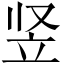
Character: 竖